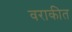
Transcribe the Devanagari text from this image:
वराकीत